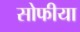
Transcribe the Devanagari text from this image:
सोफीया